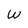
Character: W